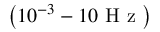
\left( 1 0 ^ { - 3 } - 1 0 \mathrm { ~ H ~ z ~ } \right)